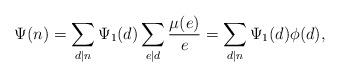
LaTeX: \begin{align*}\Psi(n)=\sum_{d|n}\Psi_1(d)\sum_{e|d}\frac{\mu(e)}{e}=\sum_{d|n}\Psi_1(d)\phi(d),\end{align*}